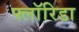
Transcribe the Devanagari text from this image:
फ्लाॅरिडा